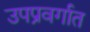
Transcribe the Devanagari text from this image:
उपप्रवर्गात